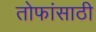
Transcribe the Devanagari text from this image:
तोफांसाठी